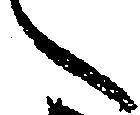
へ